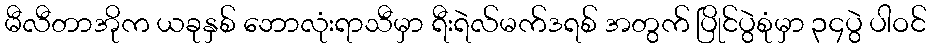
မီလီတာအိုက ယခုနှစ် ဘောလုံးရာသီမှာ ရီးရဲလ်မက်ဒရစ် အတွက် ပြိုင်ပွဲစုံမှာ ၃၄ပွဲ ပါဝင်